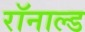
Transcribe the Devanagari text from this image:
रॉनाल्ड